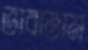
ভাবাতাম